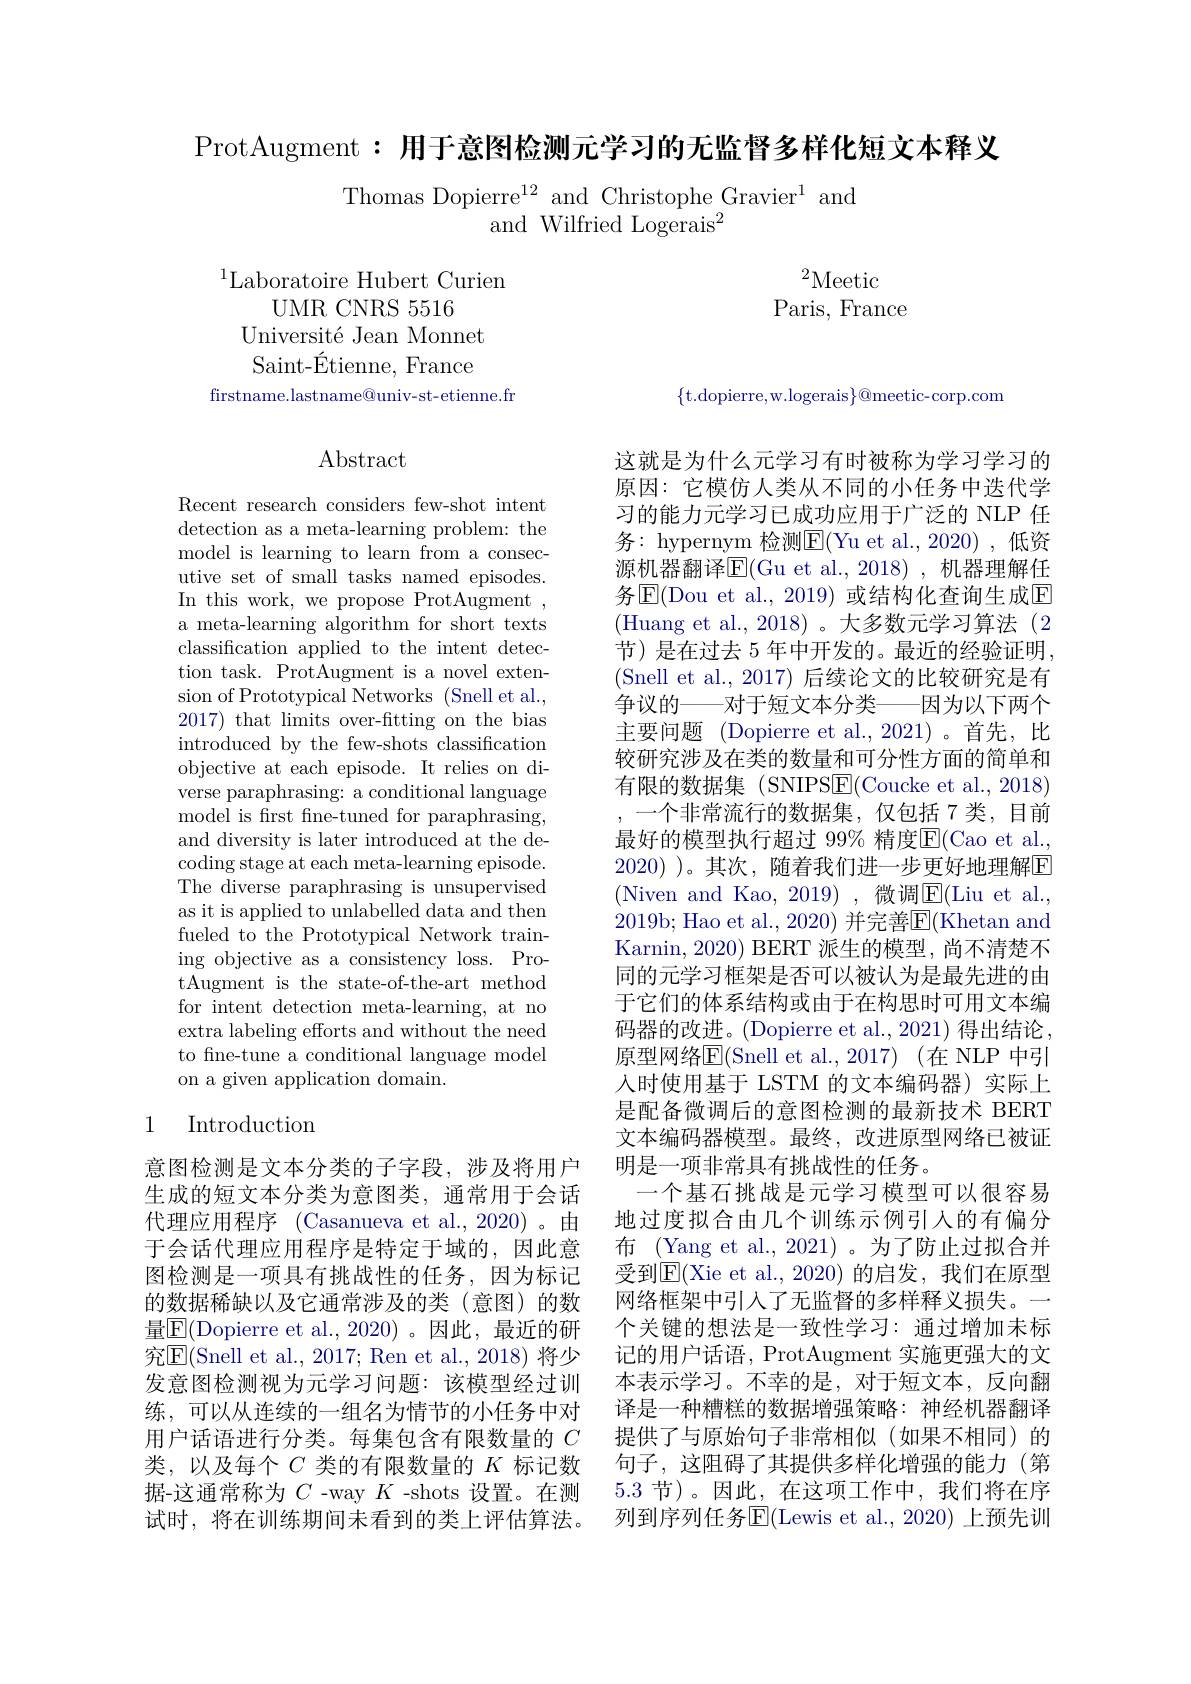
ProtAugment: 用于意图检测元学习的无监督多样化短文本释义

Thomas Dopierre$^12$ and Christophe Gravier$^1$ and
and Wilfried Logerais$^2$

${}^2$Meetic
Paris, France

$^{1}$Laboratoire Hubert Curien
UMR CNRS 5516
Université Jean Monnet Saint-Étienne, France
firstname.lastname@univ-st-etienne.fr

$\{$t.dopierre,w.logerais$\}@$meetic-corp.com

## $\operatorname{Abstract}$

Recent research considers few-shot intent detection as a meta-learning problem: the model is learning to learn from a consecutive set of small tasks named episodes. In this work, we propose ProtAugment , a meta-learning algorithm for short texts classification applied to the intent detection task. ProtAugment is a novel extension of Prototypical Networks (Snell et al., 2017) that limits over-fitting on the bias introduced by the few-shots classification objective at each episode. It relies on diverse paraphrasing: a conditional language ${\mathrm{model~is~first~fine-tuned~for~paraphrasing,}}$ and diversity is later introduced at the decoding stage at each meta-learning episode. The diverse paraphrasing is unsupervised as it is applied to unlabelled data and then fueled to the Prototypical Network training objective as a consistency loss. ProtAugment is the state-of-the-art method for intent detection meta-learning, at no extra labeling efforts and without the need to fne-tune a conditional language model on a given application domain.

这就是为什么元学习有时被称为学习学习的原因：它模仿人类从不同的小任务中迭代学习的能力元学习已成功应用于广泛的 NLP 任务：hypernym 检测$\underline{\mathrm{E}}($Yu et al.,2020),低资源机器翻译$\boxed{\mathrm{E}}($Gu et al.,2018),机器理解任务$\overline{\mathrm{E}}($Dou et al.,2019)或结构化查询生成$\overline{\mathrm{E}}$ (Huang et al.,2018)。大多数元学习算法(2节)是在过去 5 年中开发的。最近的经验证明， (Snell et al., 2017) 后续论文的比较研究是有争议的——对于短文本分类——因为以下两个主要问题 (Dopierre et al.,2021)。首先，比较研究涉及在类的数量和可分性方面的简单和有限的数据集 (SNIPS$\boxed{\mathrm{E}}($Coucke et al., 2018)
一个非常流行的数据集，仅包括 7 类，目前最好的模型执行超过 99% 精度$\overline{\mathrm{E}}($Cao et al. 2020) )。其次，随着我们进一步更好地理解$\boxed{\mathrm{F}}$ (Niven and Kao, 2019),微调$\overline\mathrm E($Liu et al., 2019b; Hao et al., 2020) 并完善$\overline{\mathrm{E}}($Khetan and Karnin, 2020) BERT 派生的模型，尚不清楚不同的元学习框架是否可以被认为是最先进的由于它们的体系结构或由于在构思时可用文本编码器的改进。(Dopierre et al., 2021) 得出结论， 原型网络$\overline{\mathrm{E}}($Snell et al.,2017)(在 NLP 中引人时使用基于 LSTM 的文本编码器)实际上是配备微调后的意图检测的最新技术 BERT 文本编码器模型。最终，改进原型网络已被证明是一项非常具有挑战性的任务。
一个基石挑战是元学习模型可以很容易地过度拟合由几个训练示例引入的有偏分布 (Yang et al., 2021)。为了防止过拟合并受到$\mathbb{E}($Xie et al.,2020)的启发，我们在原型网络框架中引入了无监督的多样释义损失。一个关键的想法是一致性学习：通过增加未标记的用户话语，ProtAugment 实施更强大的文本表示学习。不幸的是，对于短文本，反向翻译是一种糟糕的数据增强策略：神经机器翻译提供了与原始句子非常相似(如果不相同)的句子，这阻碍了其提供多样化增强的能力(第5.3节)。因此，在这项工作中，我们将在序列到序列任务$\overline{\mathrm{E}}($Lewis et al.,2020) 上预先训

# 1 Introduction

意图检测是文本分类的子字段，涉及将用户生成的短文本分类为意图类，通常用于会话代理应用程序 (Casanueva et al.,2020)。由于会话代理应用程序是特定于域的，因此意图检测是一项具有挑战性的任务，因为标记的数据稀缺以及它通常涉及的类(意图)的数量$\boxed{\mathrm{E}}($Dopierre et al.,2020)。因此，最近的研究$\overline{\mathrm{E}}($Snell et al., 2017; Ren et al., 2018) 将少发意图检测视为元学习问题：该模型经过训练，可以从连续的一组名为情节的小任务中对用户话语进行分类。每集包含有限数量的$C$ 类，以及每个$C$类的有限数量的$K$标记数据-这通常称为$C$ -way $K$ -shots 设置。在测试时，将在训练期间未看到的类上评估算法。